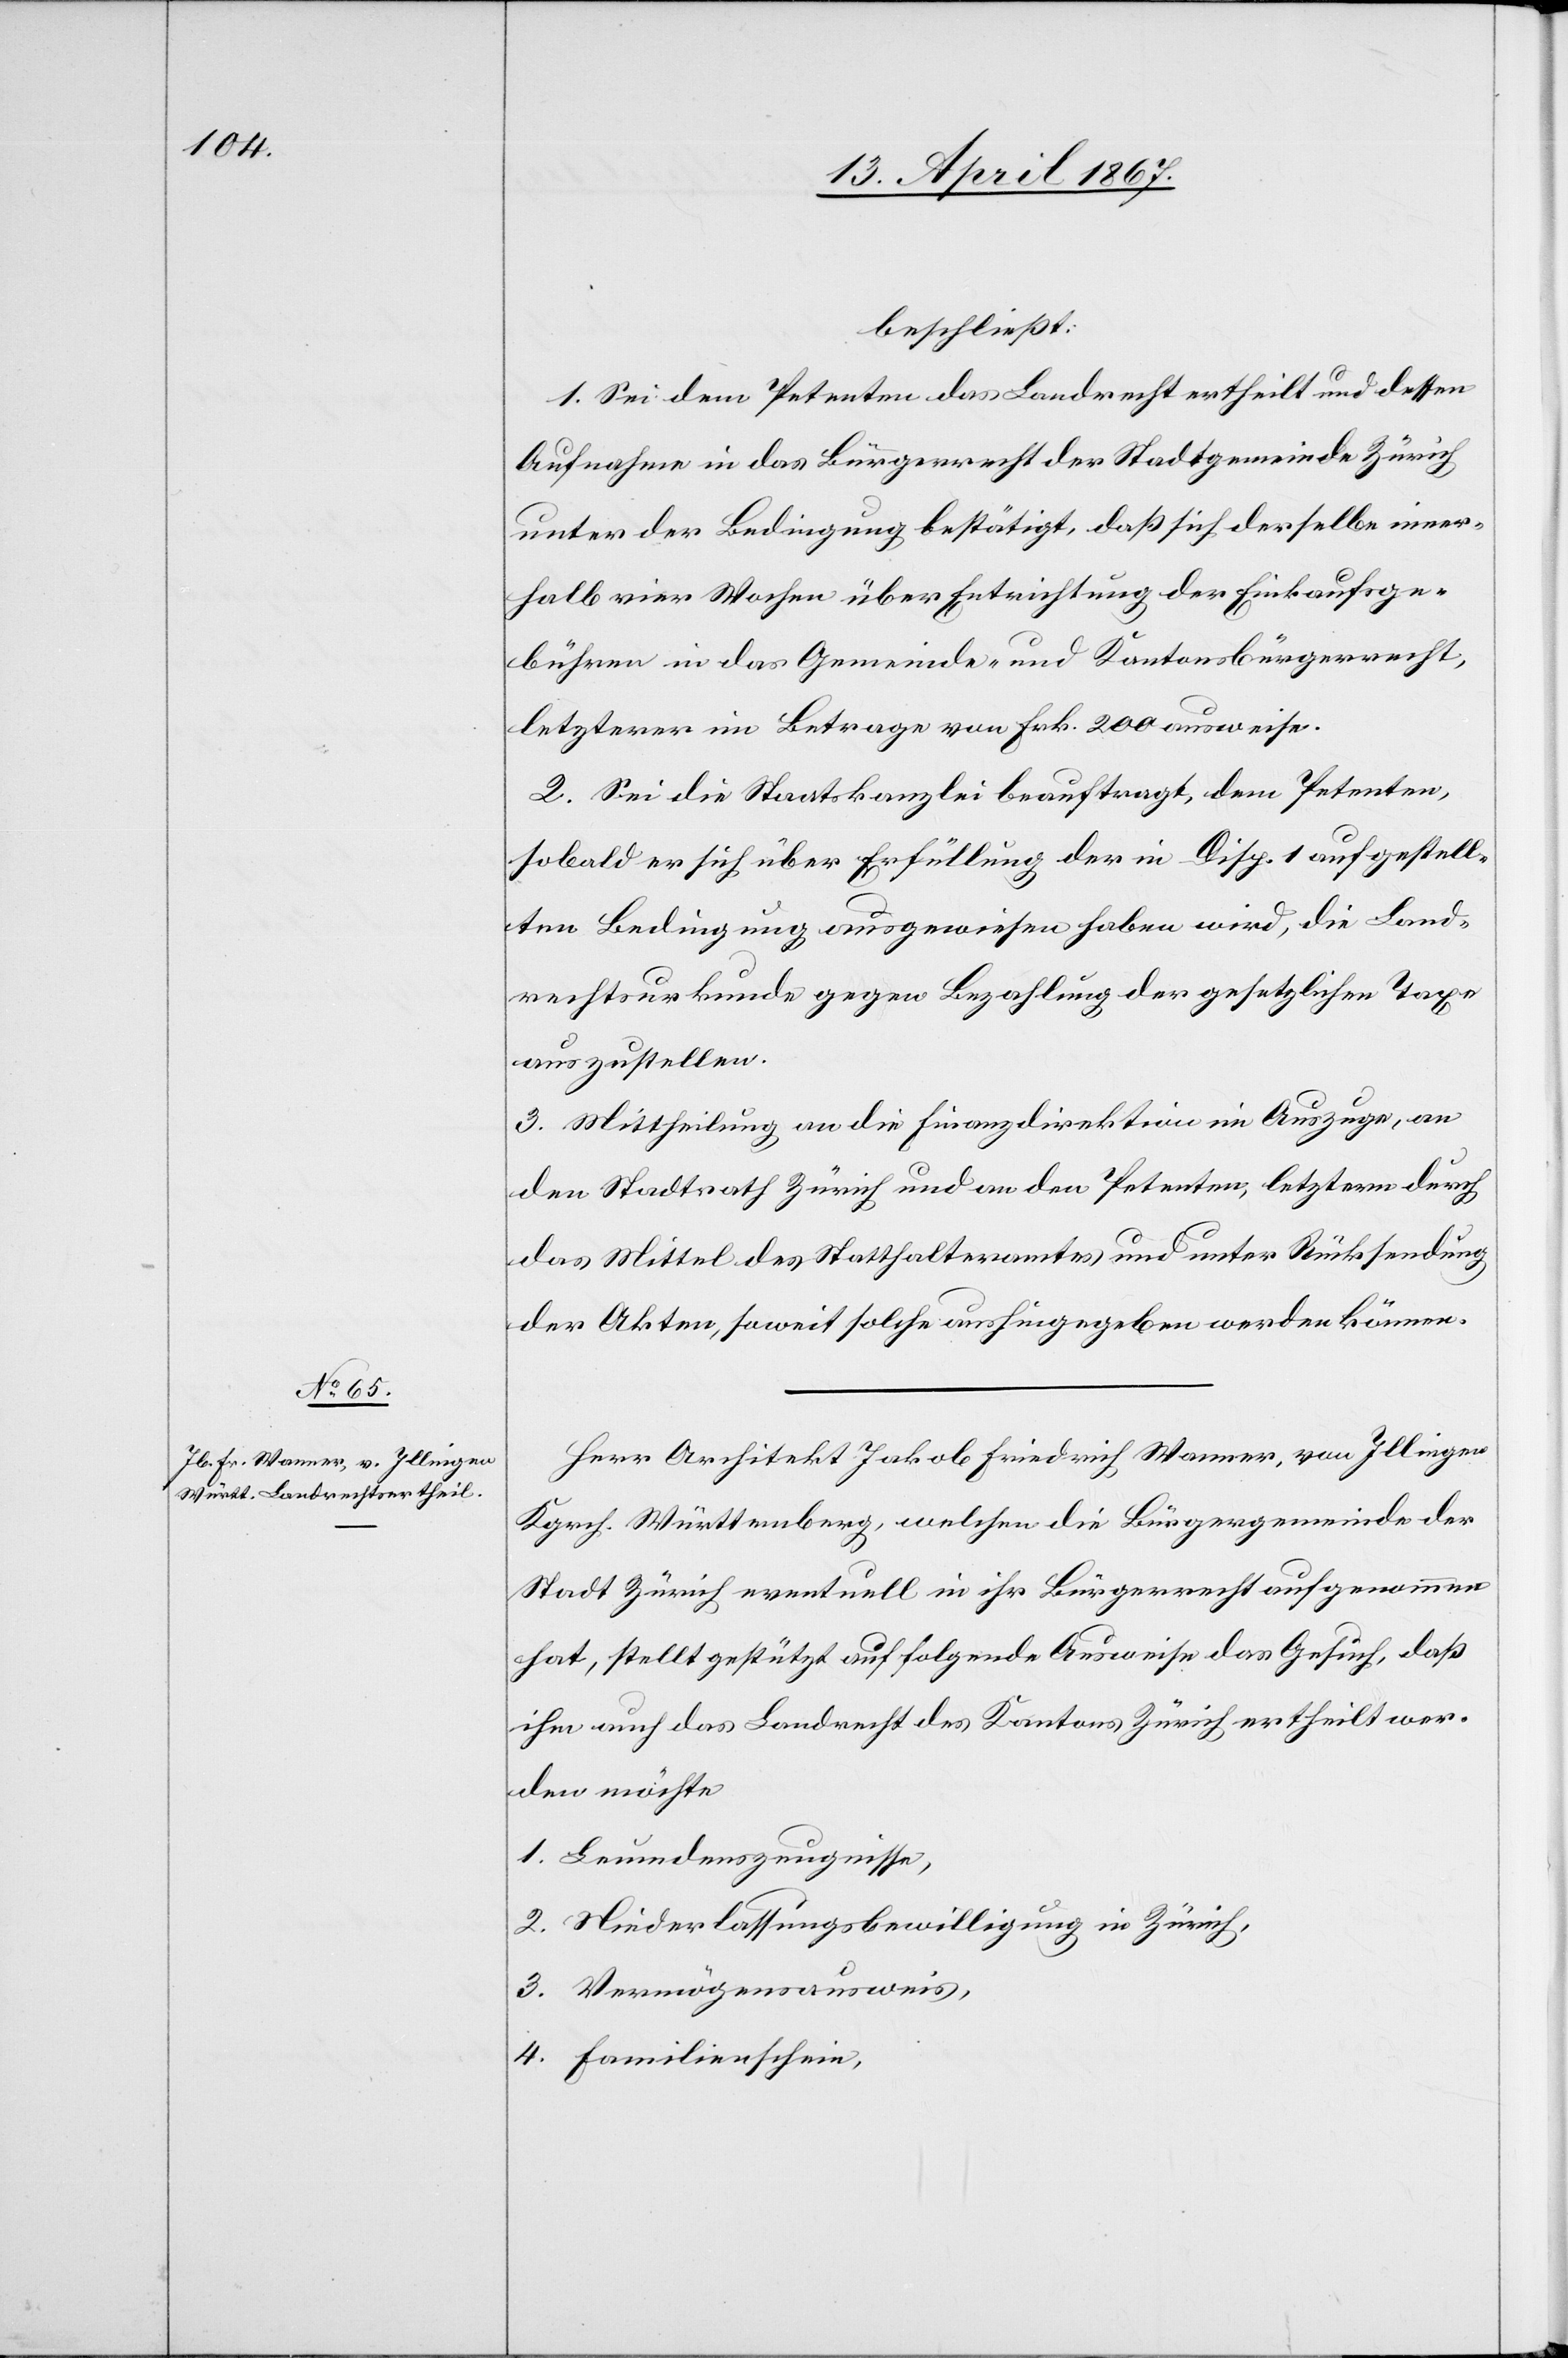
beschließt:
1. Sei dem Petenten das Landrecht ertheilt und dessen
Aufnahme in das Bürgerrecht der Stadtgemeinde Zürich
unter der Bedingung bestätigt, daß sich derselbe inner¬
halb vier Wochen über Entrichtung der Einkaufsge¬
bühren in das Gemeinde- und Kantonsbürgerrecht,
letzterer im Betrage von Frk. 200 ausweise.
2. Sei die Staatskanzlei beauftragt, dem Petenten,
sobald er sich über Erfüllung der in Disp. 1 aufgestell¬
ten Bedingung ausgewiesen haben wird, die Land¬
rechtsurkunde gegen Bezahlung der gesetzlichen Taxe
auszustellen.
3. Mittheilung an die Finanzdirektion im Auszuge, an
den Stadtrath Zürich und an den Petenten, letzterm durch
das Mittel des Statthalteramtes und unter Rücksendung
der Akten, soweit solche aushingegeben werden können.
Herr Architekt Jakob Friedrich Wanner, von Illingen
Kgrch. Württemberg, welchen die Bürgergemeinde der
Stadt Zürich eventuell in ihr Bürgerrecht aufgenommen
hat, stellt gestützt auf folgende Ausweise das Gesuch, daß
ihm auch das Landrecht des Kantons Zürich ertheilt wer¬
den möchte
1.	Leumdenszeugnisse,
2.	Niederlassungsbewilligung in Zürich,
3.	Vermögensausweis,
4.	Familienschein